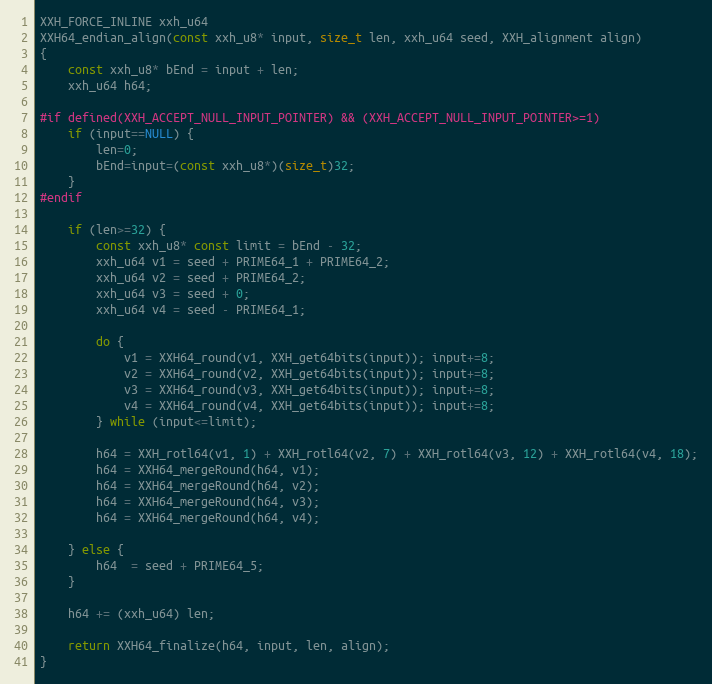
Language: C++
XXH_FORCE_INLINE xxh_u64
XXH64_endian_align(const xxh_u8* input, size_t len, xxh_u64 seed, XXH_alignment align)
{
    const xxh_u8* bEnd = input + len;
    xxh_u64 h64;

#if defined(XXH_ACCEPT_NULL_INPUT_POINTER) && (XXH_ACCEPT_NULL_INPUT_POINTER>=1)
    if (input==NULL) {
        len=0;
        bEnd=input=(const xxh_u8*)(size_t)32;
    }
#endif

    if (len>=32) {
        const xxh_u8* const limit = bEnd - 32;
        xxh_u64 v1 = seed + PRIME64_1 + PRIME64_2;
        xxh_u64 v2 = seed + PRIME64_2;
        xxh_u64 v3 = seed + 0;
        xxh_u64 v4 = seed - PRIME64_1;

        do {
            v1 = XXH64_round(v1, XXH_get64bits(input)); input+=8;
            v2 = XXH64_round(v2, XXH_get64bits(input)); input+=8;
            v3 = XXH64_round(v3, XXH_get64bits(input)); input+=8;
            v4 = XXH64_round(v4, XXH_get64bits(input)); input+=8;
        } while (input<=limit);

        h64 = XXH_rotl64(v1, 1) + XXH_rotl64(v2, 7) + XXH_rotl64(v3, 12) + XXH_rotl64(v4, 18);
        h64 = XXH64_mergeRound(h64, v1);
        h64 = XXH64_mergeRound(h64, v2);
        h64 = XXH64_mergeRound(h64, v3);
        h64 = XXH64_mergeRound(h64, v4);

    } else {
        h64  = seed + PRIME64_5;
    }

    h64 += (xxh_u64) len;

    return XXH64_finalize(h64, input, len, align);
}